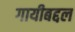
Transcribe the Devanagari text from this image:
गायीबद्दल